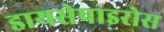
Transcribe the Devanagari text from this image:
डायसेपाइरोस